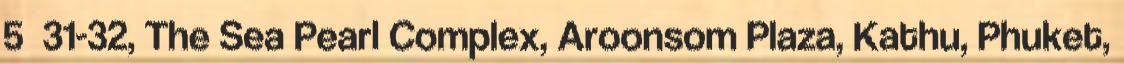
5 31-32, The Sea Pearl Complex, Aroonsom Plaza, Kathu, Phuket,